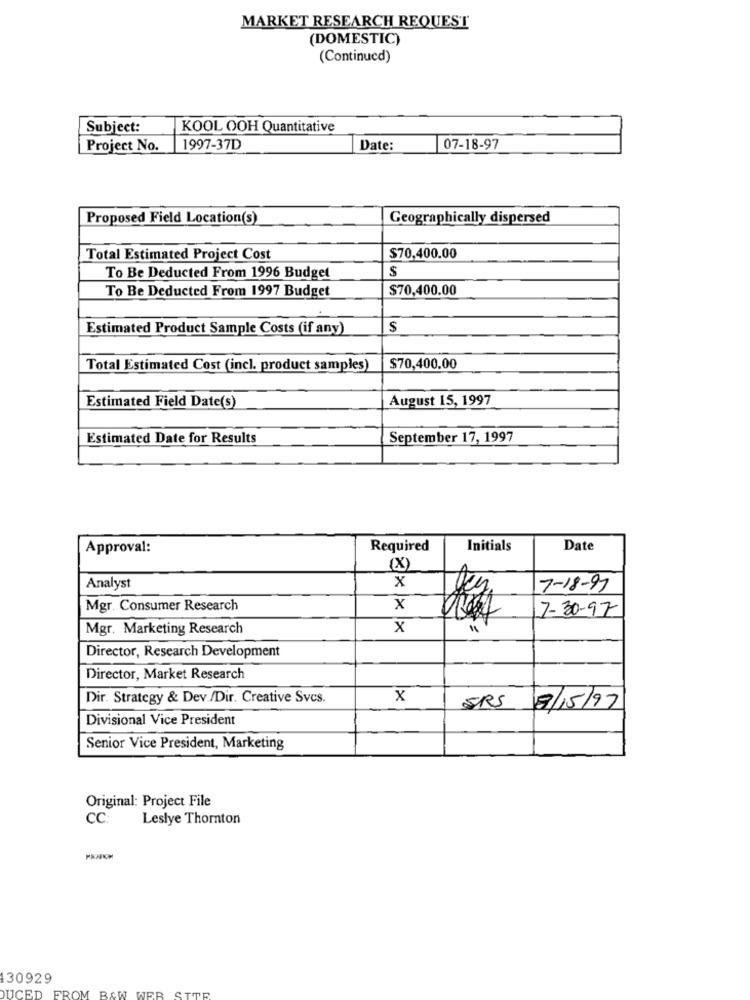
MARKET RESEARCH REQUEST
(DOMESTIC)
(Continued)
Subject:
KOOL OOH Quantitative
Project No.
1997-37D
Date:
07-18-97
Proposed Field Location(s)
Geographically dispersed
$70,400.00
Total Estimated Project Cost
$
To Be Deducted From 1996 Budget
To Be Deducted From 1997 Budget
$70,400.00
Estimated Product Sample Costs (if any)
$
Total Estimated Cost (incl. product samples)
$70,400.00
August 15, 1997
Estimated Field Date(s)
Estimated Date for Results
September 17, 1997
Approval:
Required
Initials
Date
(X
Analyst
x
7-18-97
Mgr. Consumer Research
x
7-30-97
Mgr. Marketing Research
X
Director, Research Development
Director, Market Research
Dir. Strategy & Dev./Dir. Creative Svcs.
X
SRS
8/15/97
Divisional Vice President
Senior Vice President, Marketing
Original: Project File
CC:
Leslye Thornton
130929
DUCED FROM
B&W WEB SITE